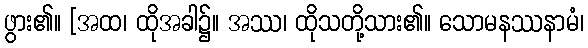
ဖွား၏။ [အထ၊ ထိုအခါ၌။ အဿ၊ ထိုသတို့သား၏။ သောမနဿနာမံ၊